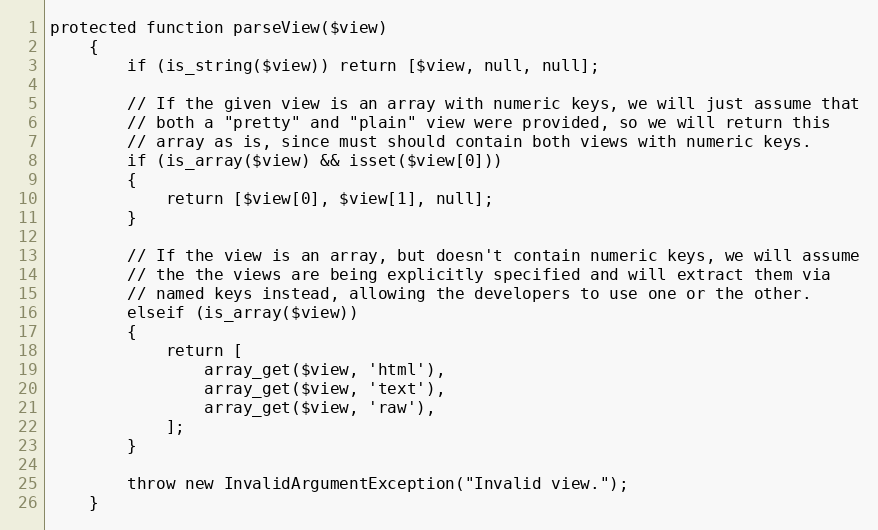
Language: PHP
protected function parseView($view)
	{
		if (is_string($view)) return [$view, null, null];

		// If the given view is an array with numeric keys, we will just assume that
		// both a "pretty" and "plain" view were provided, so we will return this
		// array as is, since must should contain both views with numeric keys.
		if (is_array($view) && isset($view[0]))
		{
			return [$view[0], $view[1], null];
		}

		// If the view is an array, but doesn't contain numeric keys, we will assume
		// the the views are being explicitly specified and will extract them via
		// named keys instead, allowing the developers to use one or the other.
		elseif (is_array($view))
		{
			return [
				array_get($view, 'html'),
				array_get($view, 'text'),
				array_get($view, 'raw'),
			];
		}

		throw new InvalidArgumentException("Invalid view.");
	}